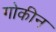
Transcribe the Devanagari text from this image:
गोकीन